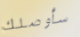
سأوصلك